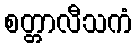
စတ္တာလီသကံ